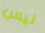
ليس